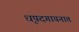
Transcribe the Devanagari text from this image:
धृपदगायनात